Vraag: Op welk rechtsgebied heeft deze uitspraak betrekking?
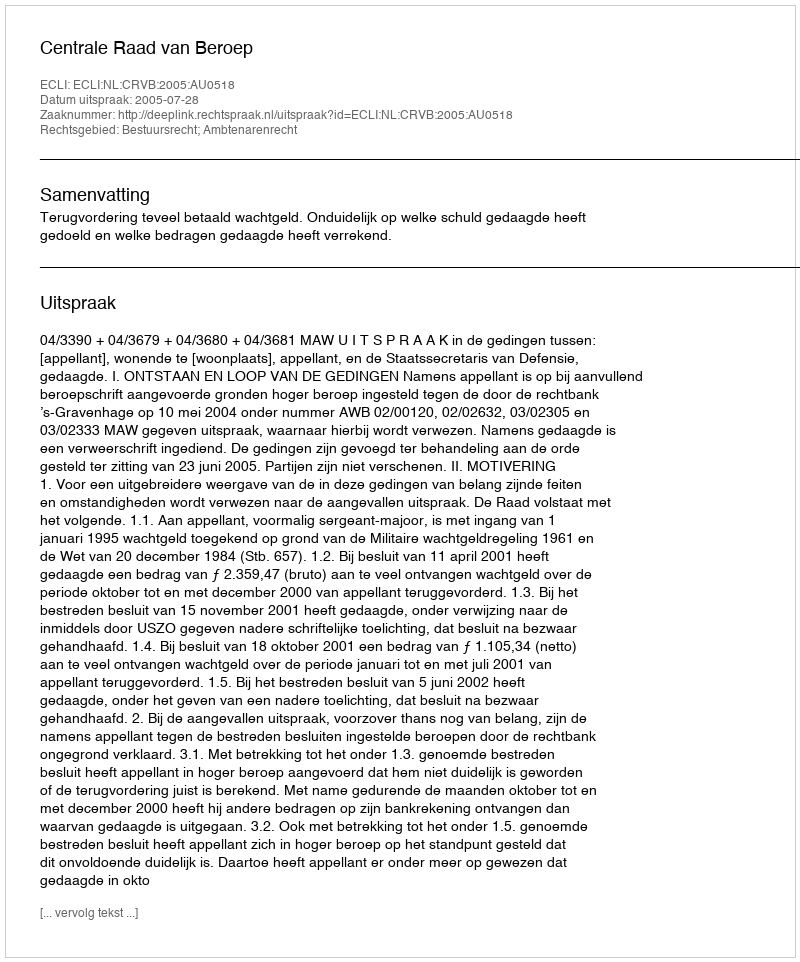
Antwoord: Bestuursrecht; Ambtenarenrecht